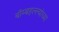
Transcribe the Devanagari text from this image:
बॉम्बहल्ल्यांच्या